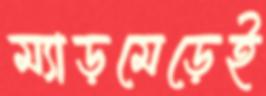
ম্যাড়মেড়েই